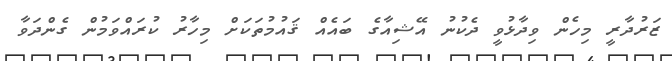
ޒަރުދާރީ މިހެން ވިދާޅުވީ ދެކުނު އޭޝިއާގެ ބައެއް ޤައުމުތަކަށް މިހާރު ކުރައްވަމުން ގެންދަވާ